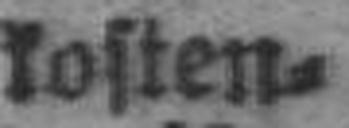
kosten¬